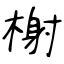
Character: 榭